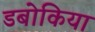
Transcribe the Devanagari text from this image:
डबोकिया